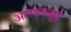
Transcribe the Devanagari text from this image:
आरडब्ल्यूई